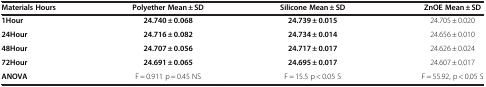
<table><thead><tr><td><b>Materials Hours</b></td><td><b>Polyether Mean ± SD</b></td><td><b>Silicone Mean ± SD</b></td><td><b>ZnOE Mean ± SD</b></td></tr></thead><tbody><tr><td><b>1Hour</b></td><td><b>24.740 ± 0.068</b></td><td><b>24.739 ± 0.015</b></td><td>24.705 ± 0.020</td></tr><tr><td><b>24Hour</b></td><td><b>24.716 ± 0.082</b></td><td><b>24.734 ± 0.014</b></td><td>24.656 ± 0.010</td></tr><tr><td><b>48Hour</b></td><td><b>24.707 ± 0.056</b></td><td><b>24.717 ± 0.017</b></td><td>24.626 ± 0.024</td></tr><tr><td><b>72Hour</b></td><td><b>24.691 ± 0.065</b></td><td><b>24.695 ± 0.017</b></td><td>24.607 ± 0.017</td></tr><tr><td><b>ANOVA</b></td><td>F = 0.911 p = 0.45 NS</td><td>F = 15.5 p &lt; 0.05 S</td><td>F = 55.92, p &lt; 0.05 S</td></tr></tbody></table>